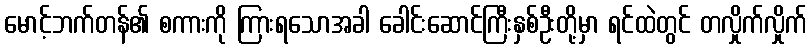
မောင့်ဘက်တန်၏ စကားကို ကြားရသောအခါ ခေါင်းဆောင်ကြီးနှစ်ဦးတို့မှာ ရင်ထဲတွင် တလှိုက်လှိုက်